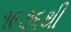
૧૯૭૬થી